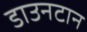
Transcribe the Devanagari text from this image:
डाउनटान